Civil Veterinary Dept. Bombay admin report 1932-41 - 1932-1941
Year: 1932
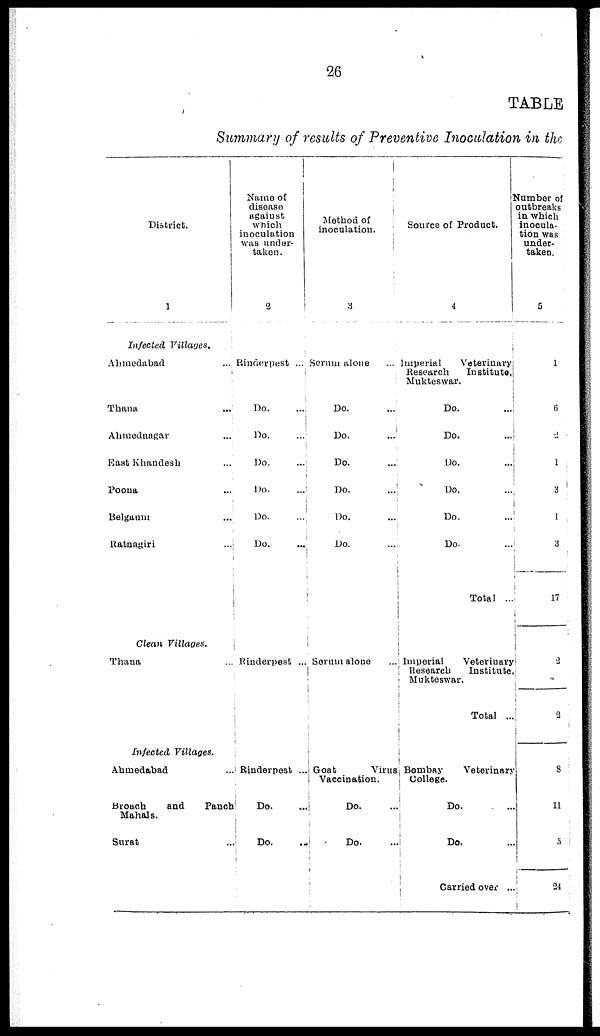
26
TABLE
Summary of results of Preventive Inoculation in the
District.
1
Infected Villages.
Ahmedabad ...
Thana ...
Ahmednagar ...
East Khandesh ...
Poona ...
Belgaum ...
Ratnagiri ...
Clean Villages.
Thana ...
Infected
Villages.
Ahmedabad ...
Broach
and
Panch
Mahals.
Surat ...
Name of
disease
against
which
inoculation
was under-
taken.
2
Rinderpest ...
Do. ...
Do. ...
Do. ...
Do. ...
Do. ...
Do. ...
Rinderpest ...
Rinderpest ...
Do. ...
Do. ...
Method of
inoculation.
3
Serum alone ...
Do. ...
Do. ...
Do. ...
Do. ...
Do.
...
Do. ...
Serum alone ...
Goat
Virus
Vaccination.
Do. ...
Do. ...
Source of Product.
4
Imperial
Veterinary
Research
Institute,
Mukteswar.
Do. ...
Do. ...
Do. ...
Do. ...
Do. ...
Do. ...
Total ...
Imperial
Veterinary
Research
Institute,
Mukteswar.
Total ...
Bombay
Veterinary
College.
Do.
...
Do. ...
Carried over ...
Number of
outbreaks
in which
inocula-
tion was
under-
taken.
5
1
6
2
1
3
1
3
17
2
2
8
11
5
24